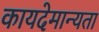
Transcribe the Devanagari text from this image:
कायदेमान्यता